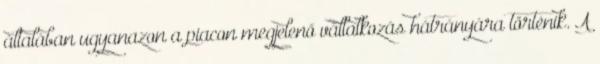
általában ugyanazon a piacon megjelenő vállalkozás hátrányára történik. A